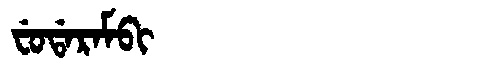
Manchu: ᠸᡠᡩᠠᡵᠠᠮᠪᡳ
Romanization: FUDARAMBI